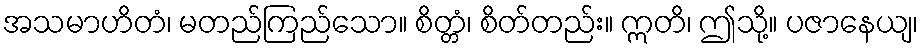
အသမာဟိတံ၊ မတည်ကြည်သော။ စိတ္တံ၊ စိတ်တည်း။ ဣတိ၊ ဤသို့။ ပဇာနေယျ၊